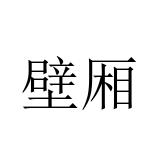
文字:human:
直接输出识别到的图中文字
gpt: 壁厢